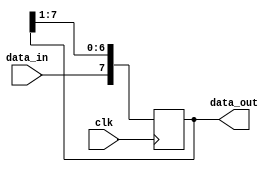
module shift_register(
    input wire clk,
    input wire data_in,
    output reg [7:0] data_out
);

reg [7:0] shift_reg;

always @(posedge clk) begin
    shift_reg <= {data_in, shift_reg[7:1]};
end

assign data_out = shift_reg;

endmodule